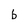
Character: b